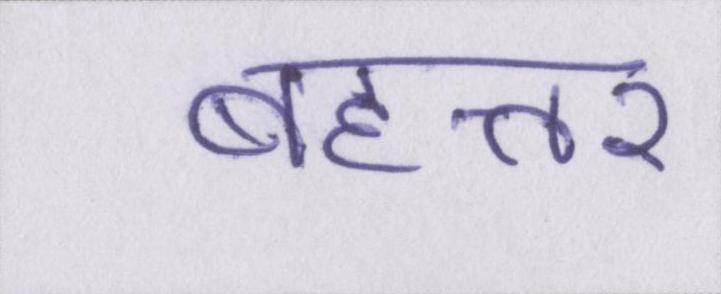
बहत्तर